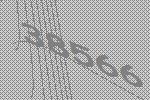
38566